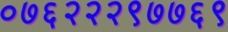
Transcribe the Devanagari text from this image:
०७६२२२९७७६९